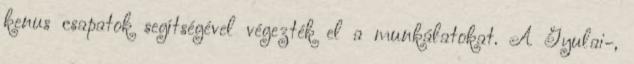
kenus csapatok segítségével végezték el a munkálatokat. A Gyulai-,